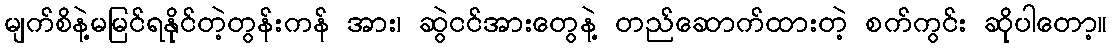
မျက်စိနဲ့မမြင်ရနိုင်တဲ့တွန်းကန် အား၊ ဆွဲငင်အားတွေနဲ့ တည်ဆောက်ထားတဲ့ စက်ကွင်း ဆိုပါတော့။